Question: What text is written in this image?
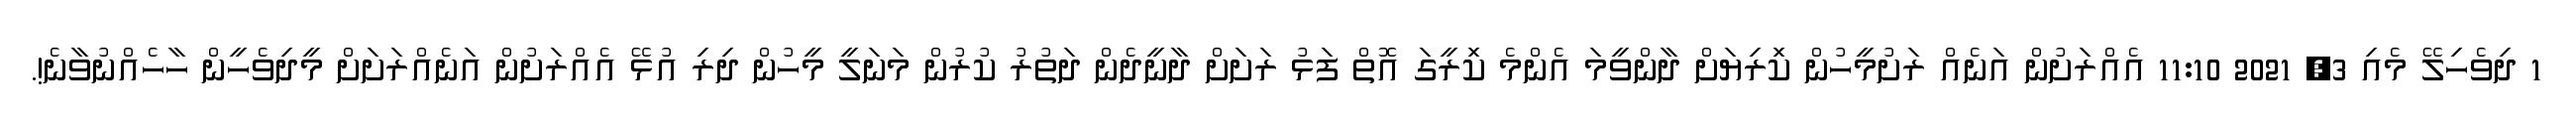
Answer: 1 ދިވެހިލޭ މެއި 3, 2021 11:10 އެއްރަށުން އަނެއް ރަށުމީހުން ކަިރިޔަށް ދާންވީމަ އެންމެ ކަިރީގަ އޮތް ފަޅު ރަށަށް ދާނީދެން ދަތުރު ކުރުން މަނަލީ މީހުން ދިރި އުޅޭ އެއްރަށުން އަނެއްރަށަށް މީދިވެހީން ހާހެއްނުވާނެ!.